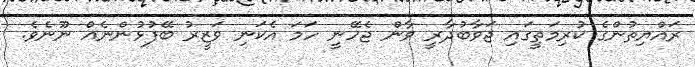
ރައްޔިތުންގެ ކުރިމަތީގައި ޖަވާބުދާރީ ވާން ޖެހޭނީ ހަމަ އެކަނި ވަޒީރު ބޭފުޅުންނެއް ނޫނެވެ.